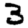
Digit: 3